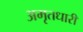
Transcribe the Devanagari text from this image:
अमृतधारीं